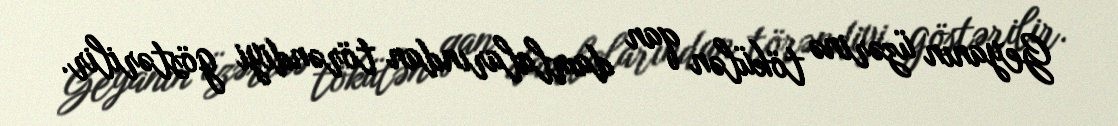
Geyanın üzərinə tökülən qan damlalarından törəndiyi göstərilir.